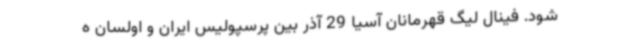
شود. فینال لیگ قهرمانان آسیا 29 آذر بین پرسپولیس ایران و اولسان ه